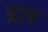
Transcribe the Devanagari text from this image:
त्राच